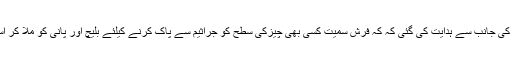
اس ضمن میں ماہرین کی جانب سے ہدایت کی گئی کہ کہ فرش سمیت کسی بھی چیزکی سطح کو جراثیم سے پاک کرنے کیلئے بلیچ اور پانی کو ملا کر استعمال کیا جاسکتاہے۔